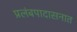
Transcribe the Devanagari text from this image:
प्रलंबपादासनात